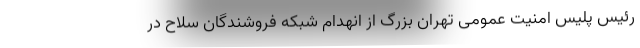
رئیس پلیس امنیت عمومی تهران بزرگ از انهدام شبکه فروشندگان سلاح در